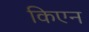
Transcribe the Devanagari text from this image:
किएन